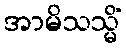
အာမိသသ္မိံ